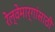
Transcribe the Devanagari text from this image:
रेल्वेमार्गांसाठी